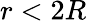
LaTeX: r<2R